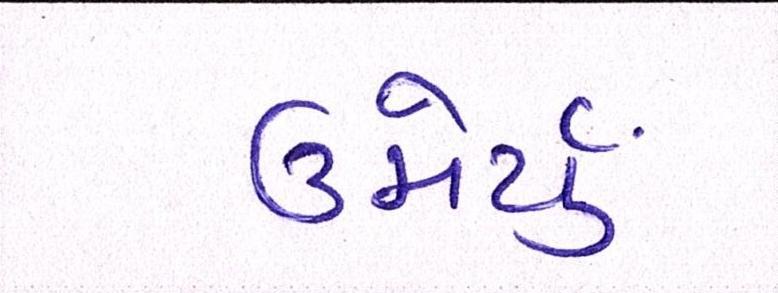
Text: ઉમેર્યું